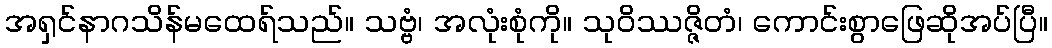
အရှင်နာဂသိန်မထေရ်သည်။ သဗ္ဗံ၊ အလုံးစုံကို။ သုဝိဿဇ္ဇိတံ၊ ကောင်းစွာဖြေဆိုအပ်ပြီ။